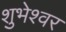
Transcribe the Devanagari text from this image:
शुभेश्वर